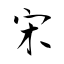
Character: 宋